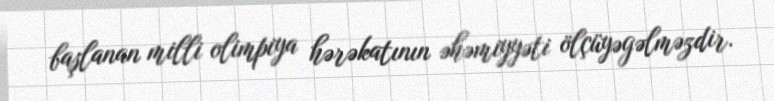
başlanan milli olimpiya hərəkatının əhəmiyyəti ölçüyəgəlməzdir.